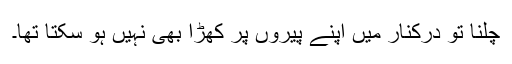
چلنا تو درکنار مَیں اپنے پیروں پر کھڑا بھی نہیں ہو سکتا تھا۔